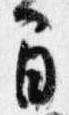
間